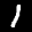
Label: 1